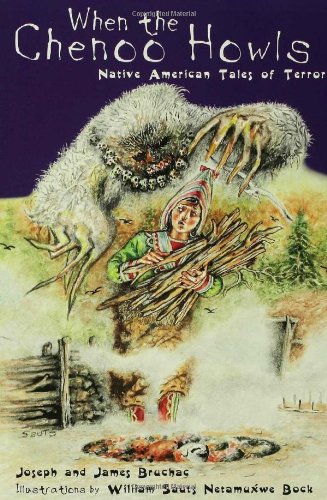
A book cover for When the Chenoo Howls: Native American Tales of Terror; James Bruchac; Children's Books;